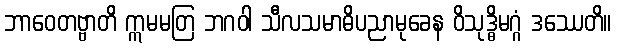
ဘာဝေတဗ္ဗာတိ ဣမမတြ ဘဂဝါ သီလသမာဓိပညာမုခေန ဝိသုဒ္ဓိမဂ္ဂံ ဒဿေတိ။